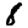
Digit: 8